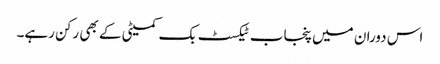
اس دوران میں پنجاب ٹیکسٹ بک کمیٹی کے بھی رکن رہے۔